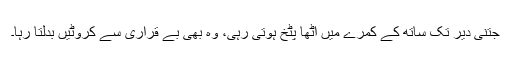
جتنی دیر تک ساتھ کے کمرے میں اٹھا پٹخ ہوتی رہی، وہ بھی بے قراری سے کروٹیں بدلتا رہا۔